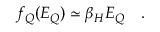
f _ { Q } ( E _ { Q } ) \simeq \beta _ { H } E _ { Q } ~ ~ ~ .